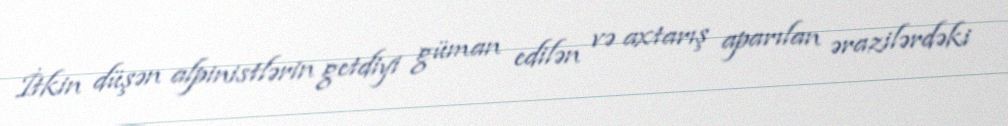
İtkin düşən alpinistlərin getdiyi güman edilən və axtarış aparılan ərazilərdəki